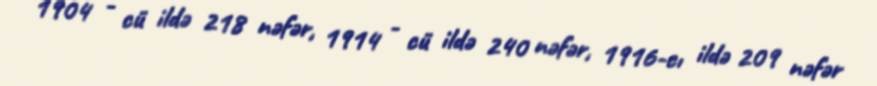
1904 - cü ildə 218 nəfər, 1914 - cü ildə 240 nəfər, 1916-cı ildə 209 nəfər